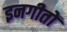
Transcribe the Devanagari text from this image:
इनगीतों